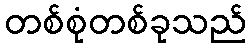
တစ်စုံတစ်ခုသည်